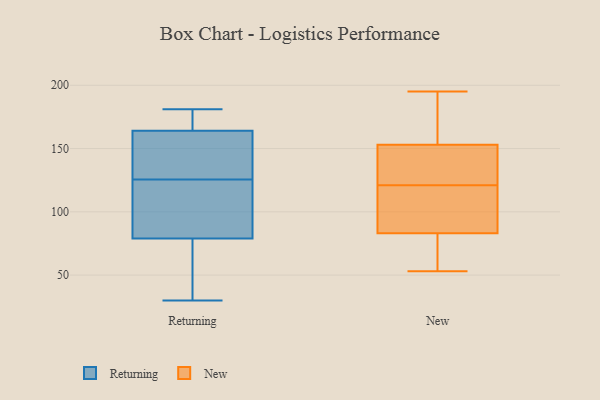
{"axis": {"x": "Bounce Rate (%)", "y": "Value"}, "legend": ["New", "Returning"], "data": [{"x": "", "y": 155, "type": "Returning"}, {"x": "", "y": 156, "type": "Returning"}, {"x": "", "y": 177, "type": "Returning"}, {"x": "", "y": 181, "type": "Returning"}, {"x": "", "y": 164, "type": "Returning"}, {"x": "", "y": 85, "type": "Returning"}, {"x": "", "y": 152, "type": "Returning"}, {"x": "", "y": 173, "type": "Returning"}, {"x": "", "y": 94, "type": "Returning"}, {"x": "", "y": 79, "type": "Returning"}, {"x": "", "y": 75, "type": "Returning"}, {"x": "", "y": 30, "type": "Returning"}, {"x": "", "y": 120, "type": "Returning"}, {"x": "", "y": 76, "type": "Returning"}, {"x": "", "y": 103, "type": "Returning"}, {"x": "", "y": 167, "type": "Returning"}, {"x": "", "y": 76, "type": "Returning"}, {"x": "", "y": 131, "type": "Returning"}, {"x": "", "y": 53, "type": "New"}, {"x": "", "y": 151, "type": "New"}, {"x": "", "y": 91, "type": "New"}, {"x": "", "y": 120, "type": "New"}, {"x": "", "y": 64, "type": "New"}, {"x": "", "y": 62, "type": "New"}, {"x": "", "y": 180, "type": "New"}, {"x": "", "y": 99, "type": "New"}, {"x": "", "y": 168, "type": "New"}, {"x": "", "y": 149, "type": "New"}, {"x": "", "y": 155, "type": "New"}, {"x": "", "y": 122, "type": "New"}, {"x": "", "y": 75, "type": "New"}, {"x": "", "y": 126, "type": "New"}, {"x": "", "y": 119, "type": "New"}, {"x": "", "y": 195, "type": "New"}]}